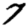
Digit: 7